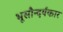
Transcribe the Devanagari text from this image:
भूसौन्दर्यकार